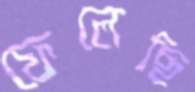
ফেলেছি